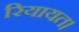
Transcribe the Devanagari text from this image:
रियायत।